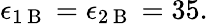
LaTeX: \epsilon_{1\mathrm{~B~}}=\epsilon_{2\mathrm{~B~}}=35.